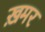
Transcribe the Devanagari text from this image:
ख़मर